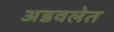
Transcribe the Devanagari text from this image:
अडवलेत